Medical and sanitary report of the native army of Bengal for the year
Year: 1874
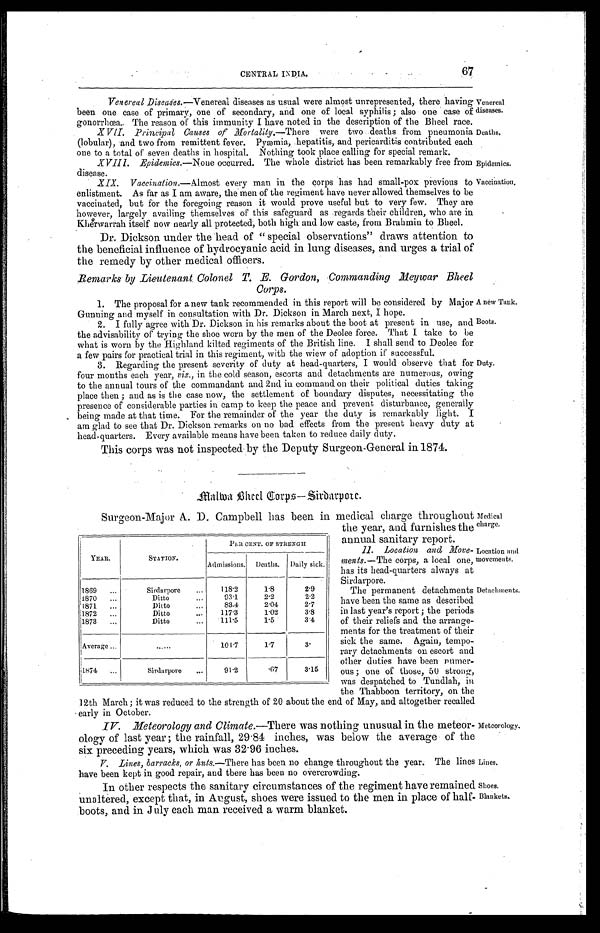
Venereal
diseases.
Deaths.
Epidemics.
Vaccination.
A new Tank.
Boots.
Medical
charge.
Location and
movements.
67
CENTRAL INDIA.
Venereal Diseases.—Venereal diseases as usual were almost unrepresented, there having
been one case of primary, one of secondary, and one of local syphilis ; also one case of
gonorrhœa. The reason of this immunity I have noted in the description of the Bheel race.
XVII. Principal Causes of Mortality.— There were two deaths from pneumonia
(lobular), and two from remittent fever. Pyæmia, hepatitis, and pericarditis contributed each
one to a total of seven deaths in hospital. Nothing took place calling for special remark.
XVIII. Epidemics.—None occurred. The whole district has been remarkably free from
disease.
Vaccination.— Almost every man in the corps has had small-pox previous to
enlistment. As far as I am aware, the men of the regiment have never allowed themselves to be
vaccinated, but for the foregoing reason it would prove useful but to very few. They are
however, largely availing themselves of this safeguard as regards their children, who are in
Kherwarrah itself now nearly all protected, both high and low caste, from Brahmin to Bheel.
Dr. Dickson under the head of "special observations" draws attention to
the beneficial influence of hydrocyanic acid in lung diseases, and urges a trial of
the remedy by other medical officers.
Remarks by Lieutenant. Colonel T. E. Gordon, Commanding Meywar Bheel
Corps.
1. The proposal for anew tank recommended in this report will be considered by Major
Gunning and myself in consultation with Dr. Dickson in March next, I hope.
2 . I fully agree with Dr. Dickson in his remarks about the boot at present in use, and
the advisability of trying the shoe worn by the men of the Deolee force. That I take to be
what is worn by the Highland kilted regiments of the British line. I shall send to Deolee for
a few pairs for practical trial in this regiment, with the wiew of adoption if successful.
3. Regarding the present severity of duty at head-quarters, I would observe that for
four months each year, viz., in the cold season, escorts and detachments are numerous, owing
to the annual tours of the commandant and 2nd in command on their political duties taking
place then ; and as is the case now, the settlement of boundary disputes, necessitating the
presence of considerable parties in camp to keep the peace and prevent disturbance, generally
being made at that time. For the remainder of the year the duty is remarkably light. I
am glad to see that Dr. Dickson remarks on no bad effects from the present heavy duty at
head-quarters. Every available means have been taken to reduce daily duty.
This corps was not inspected by the Deputy Surgeon-General in 1874.
Duty.
M a l w a B h e e l C o r p — S i r d a r p o r e .
YEAR,.
STATION.
PER CENT. OF STRENGTH
Admissions. Deaths.
Daily sick.
1869 . . .
Sirdarpore . . .
118.2
1.8
2.9
1870 . . .
Ditto . . .
93.1
2.2
2.2
1871 . . .
Ditto . . .
83.4
2.04
2.7
1872 . . .
Ditto . . .
117.3
1.02
3.8
1873 . . .
Ditto . . .
111.5
1.5
3.4
Average . . .
. . .
104.7
1.7
3.
1874 . . .
Sirdarpore . . .
91.2
. 6 7 3.15
V. Lines, barracks, or huts .—There has been no change throughout the year.
have been kept in good repair, and there has been no overcrowding.
Detachments.
Meteorology.
The lines Lines.
Surgeon-Major A. D. Campbell has been in medical charge throughout
the year, and furnishes the
annual sanitary report.
11. Location and Move-
ments.— The corps, a local one,
has its head-quarters always at
Sirdarpore.
The permanent detachments
have been the same as described
in last year's report ; the periods
of their reliefs and the arrange-
ments for the treatment of their
sick the same. Again, tempo-
-rary detachments on escort and
other duties have been numer-
ous ; one of those, 50 strong,
was despatched to Tundlah, in
the Thabboon territory, on the
12th March ; it was reduced to the strength of 20 about the end of May, and altogether recalled
early in October.
IV. Meteorology and Climate.—There was nothing unusual in the meteor-
ology of last year ; the rainfall, 29.84 inches, was below the average of the
six preceding years, which was 32.96 inches.
In other respects the sanitary circumstances of the regiment have remained
unaltered, except that, in August, shoes were issued to the men in place of half-
boots, and in July each man received a warm blanket.
Shoes.
Blankets.